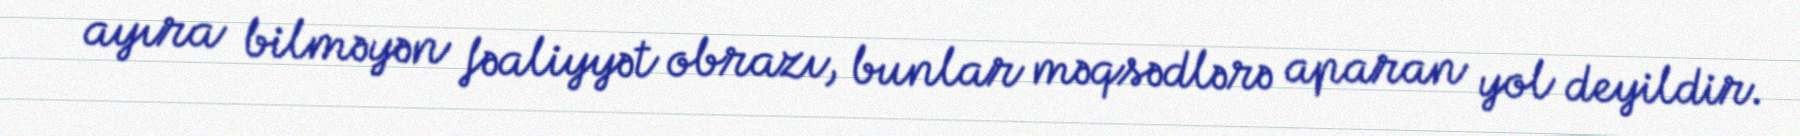
ayıra bilməyən fəaliyyət obrazı, bunlar məqsədlərə aparan yol deyildir.